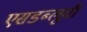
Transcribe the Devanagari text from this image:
एसडब्लूवी